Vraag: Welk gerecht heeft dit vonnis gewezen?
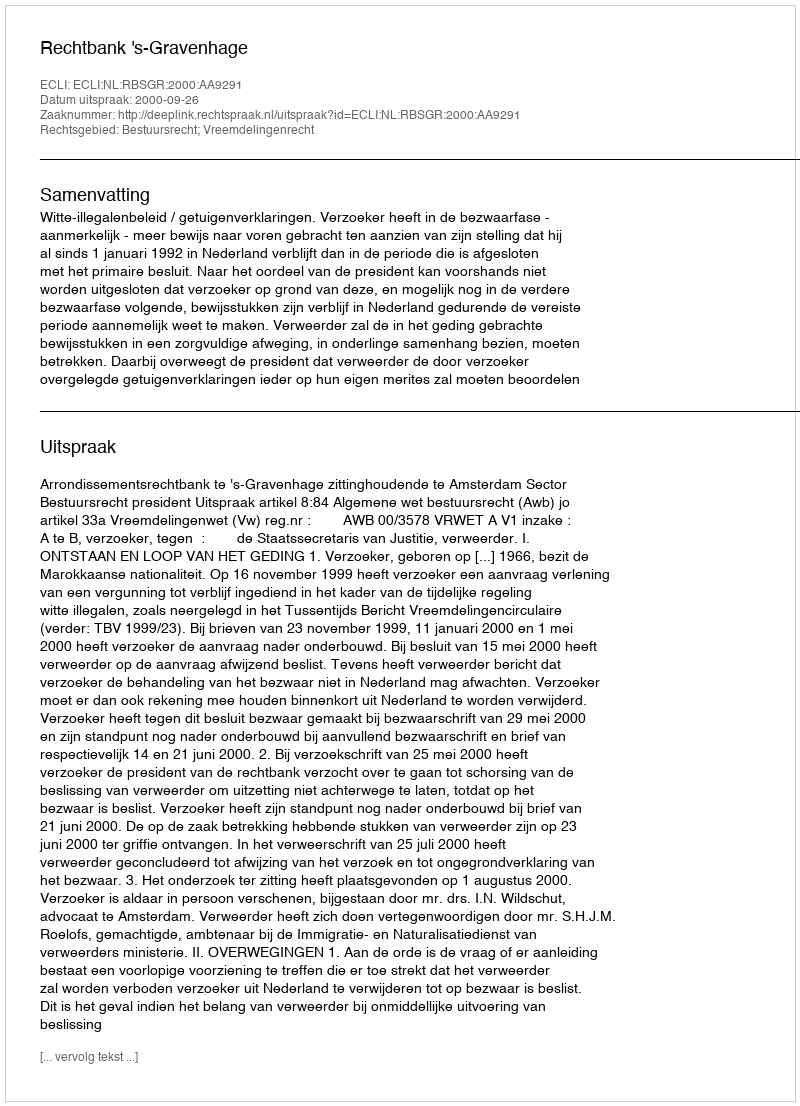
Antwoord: Rechtbank 's-Gravenhage